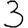
Digit: 3